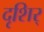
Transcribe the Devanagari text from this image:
दृशिर्